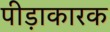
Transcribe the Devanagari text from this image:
पीड़ाकारक